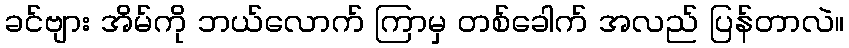
ခင်ဗျား အိမ်ကို ဘယ်လောက် ကြာမှ တစ်ခေါက် အလည် ပြန်တာလဲ။